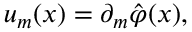
u _ { m } ( x ) = \partial _ { m } \hat { \varphi } ( x ) ,